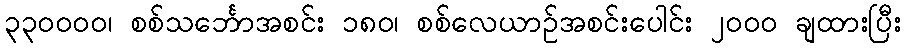
၃၃၀၀၀၀၊ စစ်သင်္ဘောအစင်း ၁၈၀၊ စစ်လေယာဉ်အစင်းပေါင်း ၂၀၀၀ ချထားပြီး